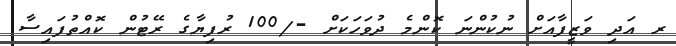
ރ އަދި ވަޒީފާއަށް ނުކުންނަ ކޮންމެ ދުވަހަކަށް -/100 ރުފިޔާގެ ރޭޓުން ކޮއްތުފައިސާ